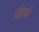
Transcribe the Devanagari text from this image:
मँडेलने